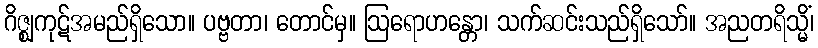
ဂိဇ္ဈကုဋ်အမည်ရှိသော။ ပဗ္ဗတာ၊ တောင်မှ။ ဩရောဟန္တော၊ သက်ဆင်းသည်ရှိသော်။ အညတရိသ္မိံ၊